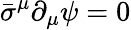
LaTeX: {\bar{\sigma}}^{\mu}\partial_{\mu}\psi=0